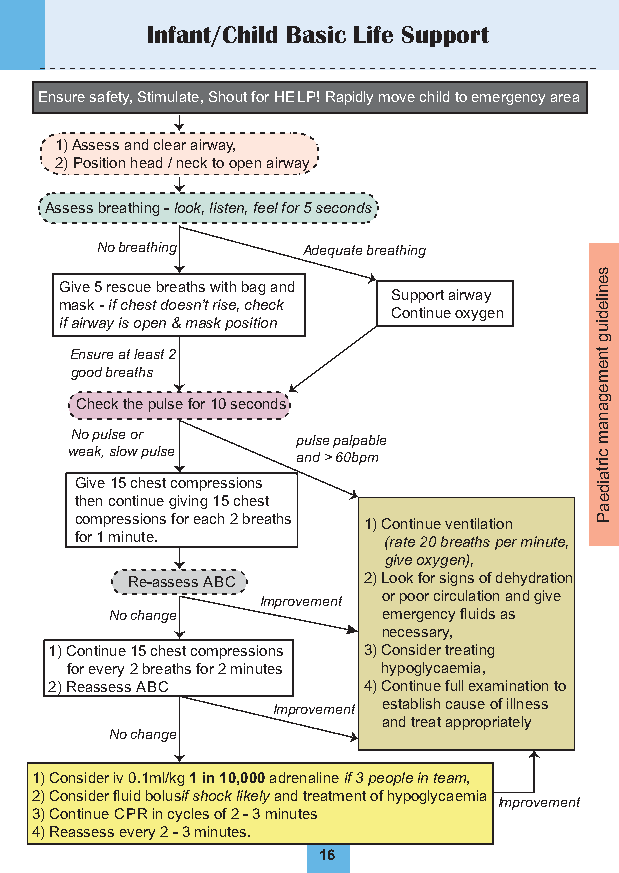
Infant/Child Basic Life Support
 Ensure safety, Stimulate, Shout for HELP! Rapidly move child to emergency area
 1) Assess and clear airway,
 2)Position head / neck to open airway
 Assess breathing - look, l isten, f eel for 5 seconds
 No breathing  Adequate breathing
 s
 G mi av se k 5 - r ife cs hcu ee st b dr oe ea sth ns ’t w rii sth e ,b ca hg e ca kn d S Cu op np tino urt
 e
 a oir xw ya gy
 en
 e n ile
 d
 if airway is open & mask position  iu
 g
 Ensure at least 2                 tn
 good breaths                      e m
 e
 Check the pulse for 10 seconds    g a
 n
 a
 No pulse or    pulse palpable     m
 w Gea ivk e, s 1l 5o w
 c
 hp eu sls
 t
 e
 compressions
 and > 60bpm        c irta
 id
 then continue giving 15 chest     e
 a
 compressions for each 2 breaths 1)Continue ventilation P
 for 1 minute.       (rate 20 breaths per minute,
 g ive oxygen),
 Re-assess ABC   2)Look for signs of dehydration
 Improvement or poor circulation and give
 No change         emergency fluids as
 necessary,
 1)Continue 15 chest compressions 3)Consider treating
 for every 2 breaths for 2 minutes hypoglycaemia,
 2)Reassess ABC       4)Continue full examination to
 Improvement establish cause of illness
 and treat appropriately.
 No change
 1)Consider iv 0.1ml/kg 1 in 10,000 adrenaline if 3 people in team,
 2)Consider fluid bolusi f shock likely and treatment of hypoglycaemia
 Improvement
 3)Continue CPR in cycles of 2 - 3 minutes
 4)Reassess every 2 - 3 minutes.
 16